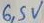
Text: 6,5V